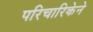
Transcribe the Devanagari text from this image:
परिचारिकेने